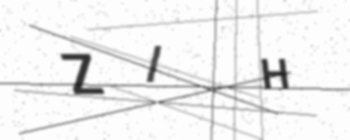
Text: ZIH